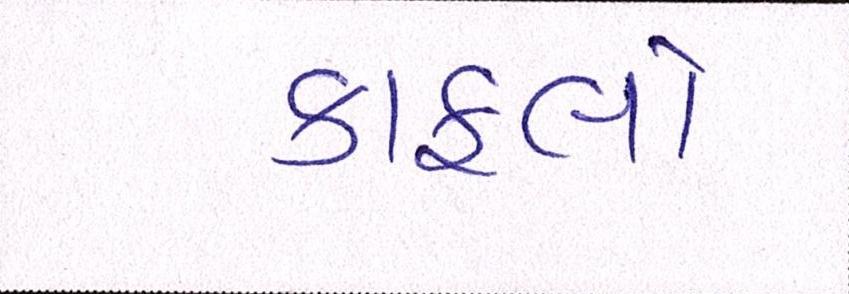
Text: કાફલો